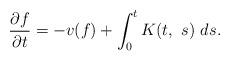
LaTeX: \begin{align*}\frac{\partial f}{\partial t} = -v(f) + \int_0^t K(t,\ s)\ ds.\end{align*}